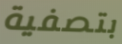
بتصفية